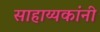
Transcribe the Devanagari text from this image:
साहाय्यकांनी